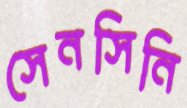
সেনসিনি